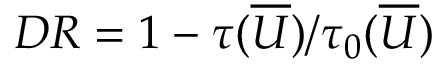
{ D R } = 1 - \tau ( \overline { { U } } ) / \tau _ { 0 } ( \overline { { U } } )